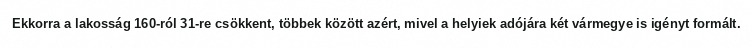
Ekkorra a lakosság 160-ról 31-re csökkent, többek között azért, mivel a helyiek adójára két vármegye is igényt formált.